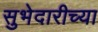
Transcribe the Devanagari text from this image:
सुभेदारीच्या